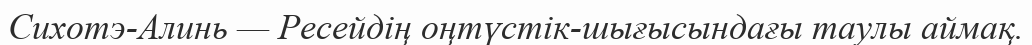
Сихотэ-Алинь — Ресейдің оңтүстік-шығысындағы таулы аймақ.